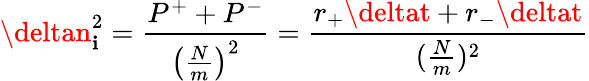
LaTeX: \deltan_{\mathbf{i}}^{2}=\frac{{P^{+}+P^{-}}}{{\left(\frac{{N}}{{m}}\right)^{2}}}=\frac{{r_{+}\deltat+r_{-}\deltat}}{{(\frac{{N}}{{m}})^{2}}}